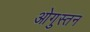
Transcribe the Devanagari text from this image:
ओगुस्तन